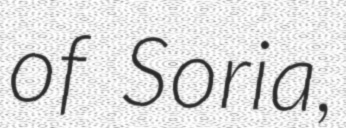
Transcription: of Soria,